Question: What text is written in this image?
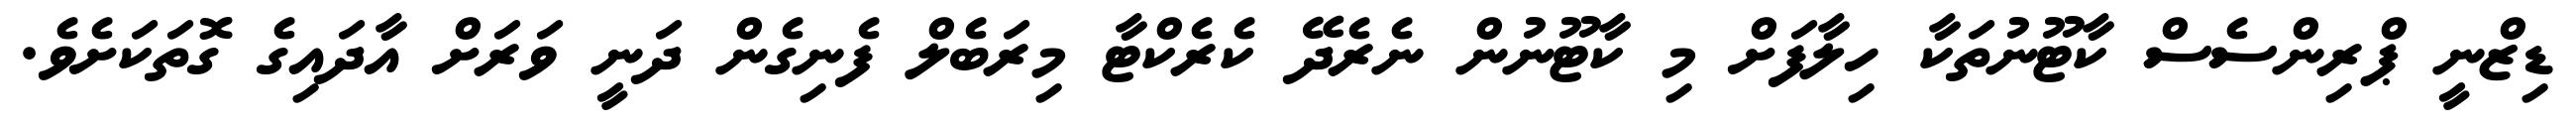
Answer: ޑިޒްނީ ޕްރިންސެސް ކާޓޫނުތަކާ ހިލާފަށް މި ކާޓޫނުން ނެރެދޭ ކެރެކްޓާ މިރަބެލް ފެނިގެން ދަނީ ވަރަށް އާދައިގެ ގޮތަކަށެވެ.